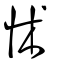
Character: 怵